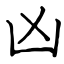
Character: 凶